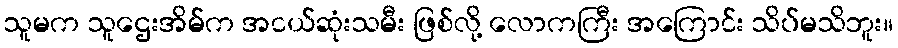
သူမက သူဌေးအိမ်က အငယ်ဆုံးသမီး ဖြစ်လို့ လောကကြီး အကြောင်း သိပ်မသိဘူး။